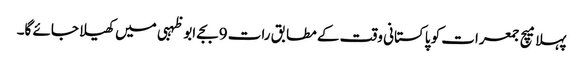
پہلا میچ جمعرات کو پاکستانی وقت کے مطابق رات 9بجے ابوظہبی میں کھیلا جائے گا۔